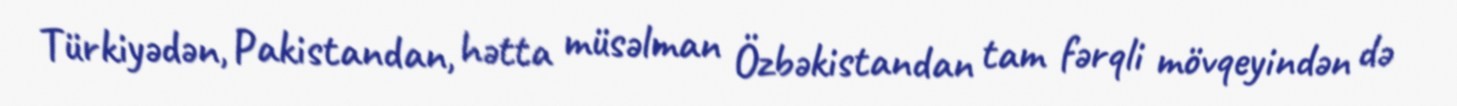
Türkiyədən, Pakistandan, hətta müsəlman Özbəkistandan tam fərqli mövqeyindən də